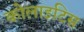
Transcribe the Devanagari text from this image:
कोलाइटिस